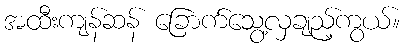
အထီးကျန်ဆန် ခြောက်သွေ့လှချည့်ကွယ်။